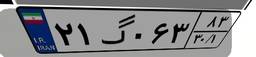
۰۱گ۲۴۷۹۳